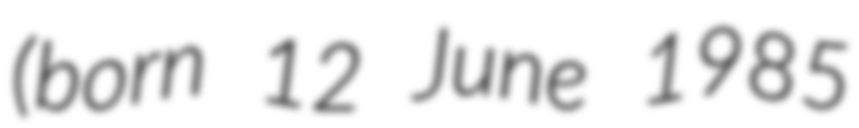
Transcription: (born 12 June 1985